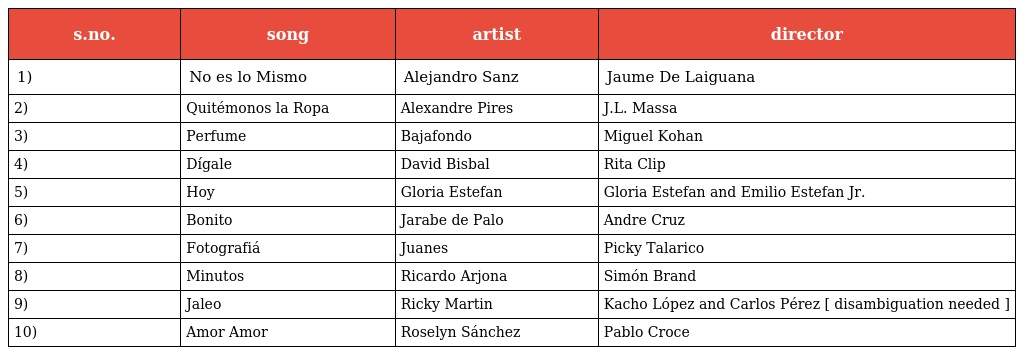
| s.no. | song | artist | director |
 | --- | --- | --- | --- |
 | 1) | No es lo Mismo | Alejandro Sanz | Jaume De Laiguana |
 | 2) | Quitémonos la Ropa | Alexandre Pires | J.L. Massa |
 | 3) | Perfume | Bajafondo | Miguel Kohan |
 | 4) | Dígale | David Bisbal | Rita Clip |
 | 5) | Hoy | Gloria Estefan | Gloria Estefan and Emilio Estefan Jr. |
 | 6) | Bonito | Jarabe de Palo | Andre Cruz |
 | 7) | Fotografiá | Juanes | Picky Talarico |
 | 8) | Minutos | Ricardo Arjona | Simón Brand |
 | 9) | Jaleo | Ricky Martin | Kacho López and Carlos Pérez [ disambiguation needed ] |
 | 10) | Amor Amor | Roselyn Sánchez | Pablo Croce |